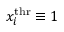
x _ { i } ^ { \mathrm { t h r } } \equiv 1